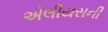
એલીયસની